Medical and sanitary report of the native army of Bengal for the year
Year: 1877
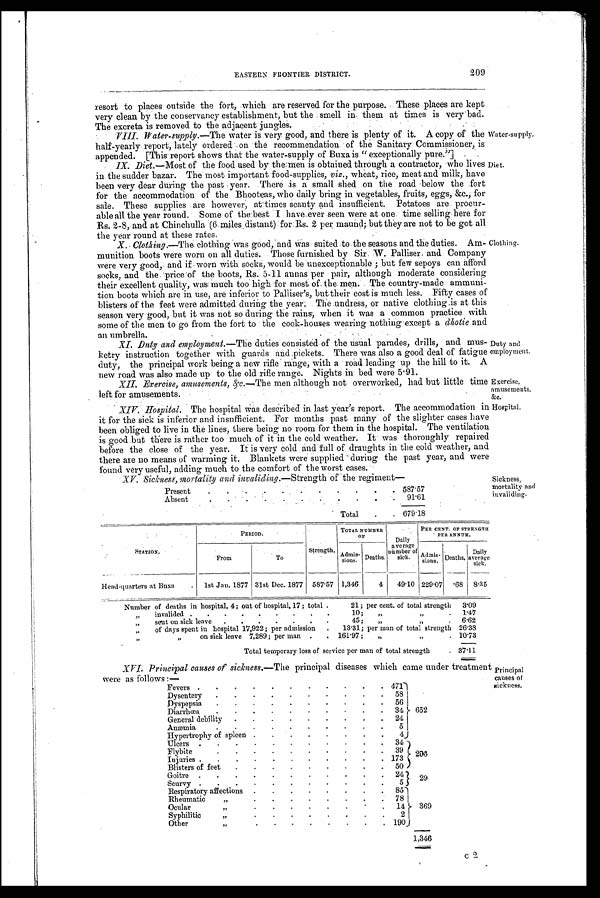
Water-supply.
Diet.
Clothing.
Duty and
employment.
Exercise,
amusements,
&c.
Hospital.
Fevers .
.
.
.
.
.
.
. .
.
. 471
Dysentery
.
.
.
.
.
.
.
.
.
. 58
Dyspepsia
.
.
.
.
.
.
.
.
.
.
5 6
Diarrhœa
.
.
.
.
.
.
.
.
.
.
34 652
General debility
.
.
.
.
.
.
.
.
. 24
Anæmia
.
.
.
.
.
.
.
.
.
.
5
Hypertrophy of spleen .
.
.
.
.
.
.
.
4
Ulcers .
.
.
.
.
.
.
.
.
.
. 34
Flybit
.
.
.
.
.
.
.
.
.
. 39 2 0 3
Iniuries .
.
.
.
.
.
.
.
.
.
. 173
Blisters of feet
.
.
.
.
.
.
.
.
. 50
Goitre .
.
.
.
.
.
.
.
.
.
.
24
2 9
Scurvy .
.
.
.
.
.
.
.
.
.
.
5
Respiratory affections .
.
.
.
.
.
.
.
85
Rheumatic
„
. .
.
.
.
.
.
.
.
78
Ocular
„
. .
.
.
.
.
.
.
.
14
369
Syphilitic
„
. .
.
.
.
.
,
.
.
2
Other
„
.
.
.
.
.
.
.
. 190
1,346
XVI. Principal causes of sickness.— The principal diseases which came under treatment were as follows:— Principal
causes of
sickness.
209
EASTERN FDONTIER DISTRICT.
resort to places outside the fort, which are reserved for the purpose. These places are kept
very clean by the conservancy establishment, but the smell in them at times is very bad.
The excreta is removed to the adjacent jungles.
VIII. Water-supply.— The water is very good, and there is plenty of it A copy of the
half-yearly report, lately ordered on the recommendation of the Sanitary Commissioner, is
appended. [This report shows that the water-supply of Buxa is " exceptionally pure."]
IX. Diet.—Most of the food used by the men is obtained through a contractor, who lives
in the sudder bazar. The most important food-supplies, viz., wheat, rice, meat and milk, have
been very dear during the past year. There is a small shed on the road below the fort
for the accommodation of the Bhooteas, who daily bring in vegetables, fruits, eggs, &e., for
sale. These supplies are however, at times scanty and insufficient. Potatoes are procur-
able all the year round. Some of the best I have ever seen were at one time selling here for
Rs. 2-8, and at Chi nchul l a (6 mi l es di stant) for Rs. 2 per maund; but they are not to be got al l
the year round at these rates.
X. Clothing.—The clothing was good, and Was suited to the seasons and the duties. Am-
munition boots were worn on all duties. Those furnished by Sir. W. Palliser and Company
were very good, and if worn with socks, would be unexceptionable; but few sepoys can afford
socks, and the 'price of the boots, Rs. 5-11 aunas per pair, although moderate considering
their excellent quality, was much too high for most of the men: The country-made ammuni-
tion boots which are in use, are inferior to Palliser's, but their cost is much less. Fifty cases of
blisters of the feet were admitted during the year. The undress, or native clothing is at this
season very good, but it was not so during the rains, when it was a common practice with
some of the men to go from the fort to the cook-houses wearing nothiug'except a dhotie and
an umbrella.
XI. Duty and employment.—The duties consisted of the usual parades, drills, and mus-
ketry instruction together with guards and pickets. There was also a good deal of fatigue
duty, the principal work being a new rifle range, with a road leading up the hill to it. A
new road was also made up to the old rifle range. Nights in bed were 5.91.
XII. Exercise, amusements, &c.— The men although not overworked, had but little time
left for amusements.
XIII.
XIV. Hospital. The hospital was describedin last year's report. The accommodation in
-
it for the sick is inferior and insufficient. For months past many of the slighter cases have
been obliged to live in the lines, there being no room for them in the hospital. The ventilation
is good but there is rather too much of it in the cold weather. It was thoroughly repaired
before the close of the year. It is very cold and full of draughts in the cold weather, and
there are no means of warming it. Blankets were supplied during the past year, and were
found very useful, adding much to the comfort of the worst cases.
•XV. Sickness, mortality and invaliding.— Strength of the regiment-
Presen
.
. .
. . .
.
.
. .
. 587.57
Absent
.
. .
.
. .
.
. .
.
. 91.61
Total
.
. 679.18
Sickness,
mortality and
STATION..
PERIOD.
strength,
TOTAL NUMBER
OF
Daily a v e r a g e n u m b e r
of
sick.
PER CENT. OF STRENGT
PER ANNUM.
From
To
Admis-
sions. Deaths.
Admis-
sions. Deaths,
Daily
avera g e
sick.
Head-quarters at Buxa
.
1st Jan. 1877 31st Dec. 1877 587.57 1,346
4
49.10 229.07
.68 8.35
Number of deaths in hospital, 4 ; out of hospital, 17 ; total .
21; per cent. of total strength
3.09
„
invalided .
.
.
.
.
.
.
.
.
10;
„ „
.
1 . 4 7
„
sent on sick leave
.
.
.
.
.
.
.
45;
„
„
.
6.62
„
of days spent in hospital 17,922; per admission
.
13.31; per man of total strength 26.38
„
on sick leave 7,289; per man .
. 161.97;
,,
. 10.73
Total temporary loss of service per man of total strength
. 37.11
c 2